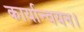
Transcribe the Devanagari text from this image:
कार्यान्‍वयन।